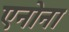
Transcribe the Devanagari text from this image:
एनोना